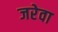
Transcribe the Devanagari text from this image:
जरेवा